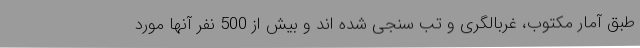
طبق آمار مکتوب، غربالگری و تب سنجی شده اند و بیش از 500 نفر آنها مورد